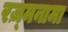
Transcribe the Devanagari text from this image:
रज़्मनामा